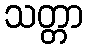
သတ္တာ